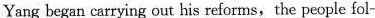
Yang began carrying out his reforms, the people fol-